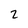
Character: 2